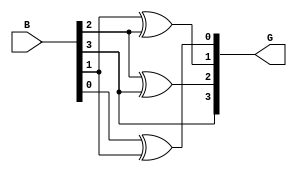
module gray_code_encoder #(parameter N = 4) (
    input  wire [N-1:0] B, // N-bit binary input
    output wire [N-1:0] G  // N-bit Gray code output
);

// Assign the most significant bit of Gray code directly from binary input
assign G[N-1] = B[N-1];

// Generate the remaining bits of Gray code using XOR operations
genvar i;
generate
    for (i = N-2; i >= 0; i = i - 1) begin : gray_code_logic
        assign G[i] = B[i] ^ B[i+1];
    end
endgenerate

endmodule